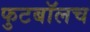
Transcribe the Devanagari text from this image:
फुटबाॅलच